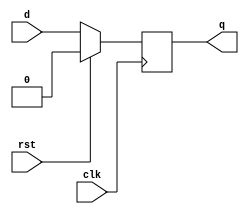
`timescale 1ns / 1ps
//////////////////////////////////////////////////////////////////////////////////
// Company: 
// Engineer: 
// 
// Design Name: 
// Module Name: d_ff
// Project Name: 
// Target Devices: 
// Tool Versions: 
// Description: 
// 
// Dependencies: 
// 
// Revision:
// Revision 0.01 - File Created
// Additional Comments:
// 
//////////////////////////////////////////////////////////////////////////////////


module d_ff (
  input clk,    // clock input
  input d,      // data input
  input rst,    // asynchronous reset input
  output reg q  // output
);

  always @(posedge clk) 
  begin
    if (rst) // asynchronous reset
      q <= 1'b0;
    else // normal operation
      q <= d;
  end

endmodule